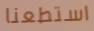
استطعنا